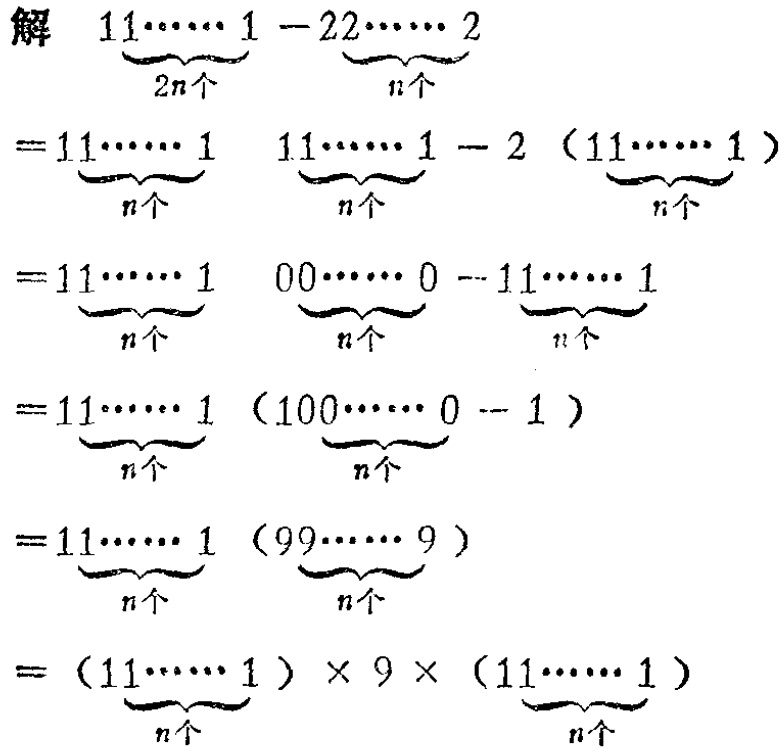
\(

\begin{align*}

&\text{解 }\underbrace{11\cdots1}_{2n个} - \underbrace{22\cdots2}_{n个}\\

=&\underbrace{11\cdots1}_{n个}\underbrace{11\cdots1}_{n个}-2(\underbrace{11\cdots1}_{n个})\\

=&\underbrace{11\cdots1}_{n个}\underbrace{00\cdots0}_{n个}-\underbrace{11\cdots1}_{n个}\\

=&\underbrace{11\cdots1}_{n个}(\underbrace{100\cdots0}_{n个}-1)\\

=&\underbrace{11\cdots1}_{n个}(\underbrace{99\cdots9}_{n个})\\

=&(\underbrace{11\cdots1}_{n个})\times9\times(\underbrace{11\cdots1}_{n个})

\end{align*}

\)